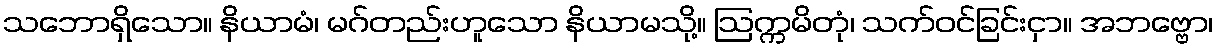
သဘောရှိသော။ နိယာမံ၊ မဂ်တည်းဟူသော နိယာမသို့။ ဩက္ကမိတုံ၊ သက်ဝင်ခြင်းငှာ။ အဘဗ္ဗော၊